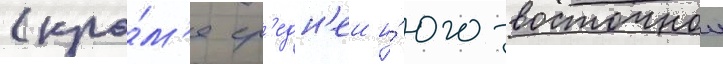
(кро́м'е ср'едн'еи и́ юго-восточнои